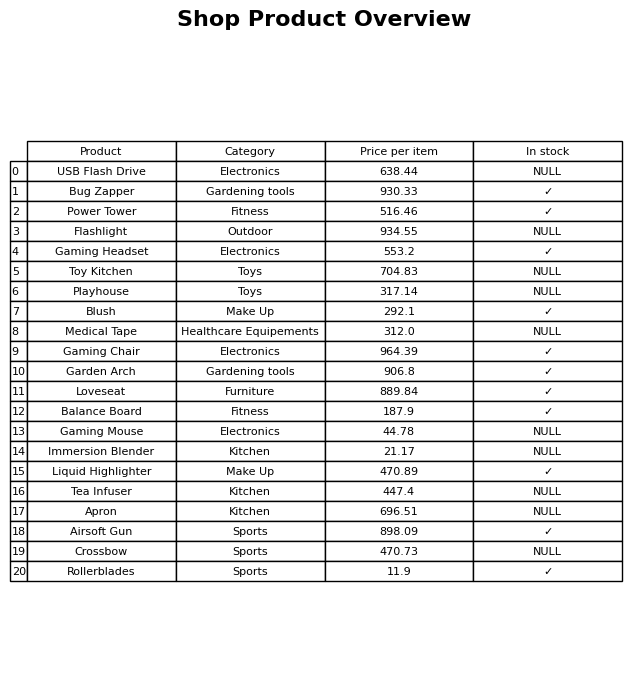
question: What is the price for Playhouse?
answer: The price of Playhouse is 317.14.